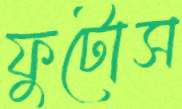
ফুটোস